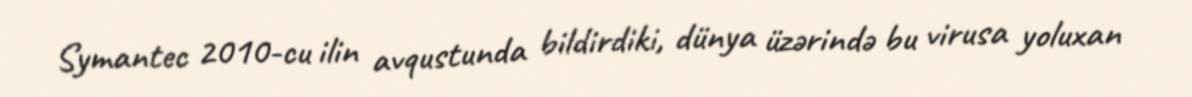
Symantec 2010-cu ilin avqustunda bildirdiki, dünya üzərində bu virusa yoluxan